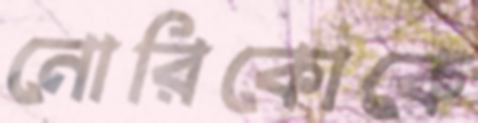
নোরিকোকে